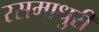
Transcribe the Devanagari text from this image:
रसमाधुरी